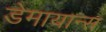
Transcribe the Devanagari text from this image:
डेमायान्स